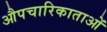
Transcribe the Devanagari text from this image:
औपचारिकाताओं